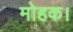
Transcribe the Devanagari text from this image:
मोहक।